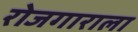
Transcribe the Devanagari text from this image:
रोजगाराला